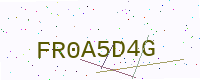
Text: FR0A5D4G